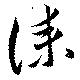
誄